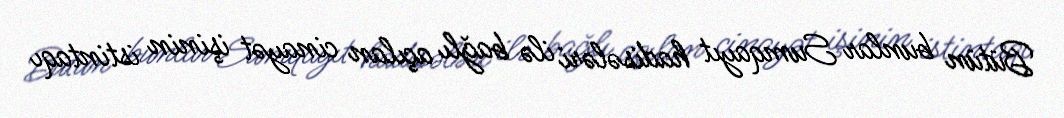
Bütün bunlar Sumqayıt hadisələri ilə bağlı açılan cinayət işinin istintaqı